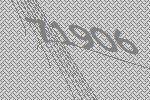
71906